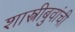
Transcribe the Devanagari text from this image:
शास्त्रीबुवांची